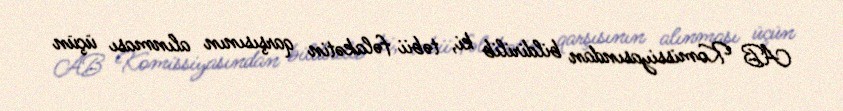
AB Komissiyasından bildirilib ki, təbii fəlakətin qarşısının alınması üçün